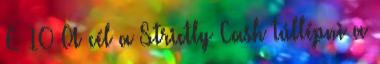
£ 10 A cél a Strictly Cash túllépni a